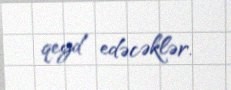
qeyd edəcəklər.